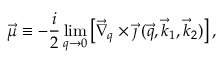
\vec { \mu } \equiv - \frac { i } { 2 } \operatorname * { l i m } _ { q \rightarrow 0 } \left[ \vec { \nabla } _ { q } \times \vec { \jmath } \: ( \vec { q } , \vec { k } _ { 1 } , \vec { k } _ { 2 } ) \right] ,